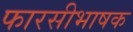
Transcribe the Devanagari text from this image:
फारसीभाषक